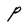
Character: P